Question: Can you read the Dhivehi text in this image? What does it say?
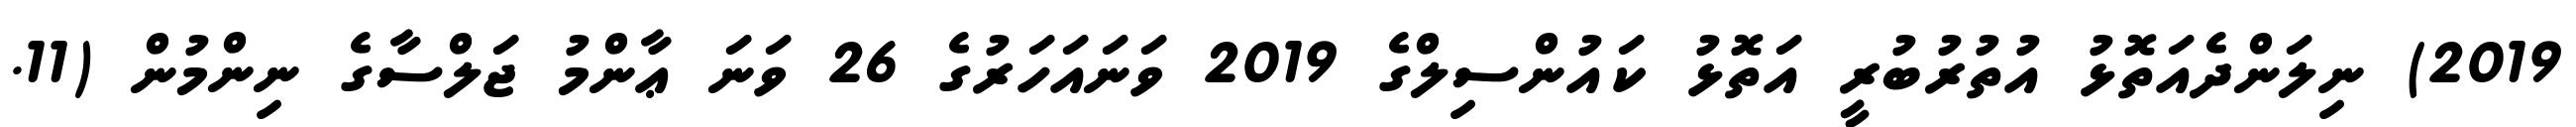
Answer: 2019) ނިލަންދެއަތޮޅު އުތުރުބުރީ އަތޮޅު ކައުންސިލްގެ 2019 ވަނައަހަރުގެ 26 ވަނަ ޢާންމު ޖަލްސާގެ ނިންމުން (11.